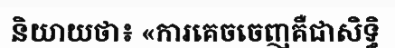
និយាយថា៖ «ការគេចចេញគឺជាសិទ្ធិ